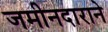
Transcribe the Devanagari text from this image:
जमीनदाराने